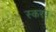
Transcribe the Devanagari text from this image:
स्करप